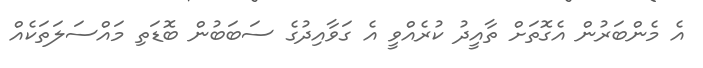
އެ މެންބަރުން އެގޮތަށް ތާއީދު ކުރެއްވީ އެ ގަވާއިދުގެ ސަބަބުން ބޮޑަތި މައްސަލަތަކެއް